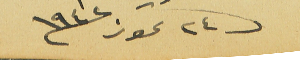
فى ٢٤ تموز ١٩٤٢